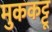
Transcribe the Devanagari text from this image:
मुककट्टू